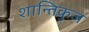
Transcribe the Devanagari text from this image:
शान्तिकुज